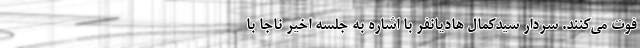
فوت می‌کنند. سردار سیدکمال هادیانفر با اشاره به جلسه اخیر ناجا با